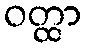
ဝတ္ထာ